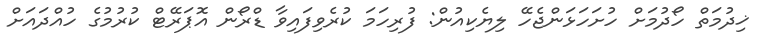
ޚިދުމަތް ހޯދުމަށް ހުށަހަޅަންޖެހޭ ލިޔެކިއުން: ފުރިހަމަ ކުރެވިފައިވާ ޑްރޯން އޮޕަރޭޓް ކުރުމުގެ ހުއްދައަށް